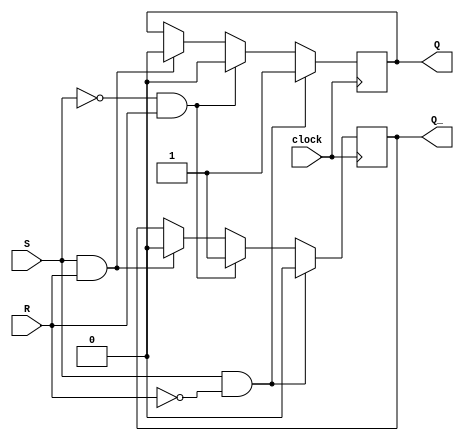
module Gated_SR_FF (
    input S,
    input R,
    input clock,
    output reg Q,
    output reg Q_
);

always @(posedge clock) begin
    if (S && !R) begin
        Q <= 1;
        Q_ <= 0;
    end else if (!S && R) begin
        Q <= 0;
        Q_ <= 1;
    end else if (S && R) begin
        Q <= 0;
        Q_ <= 0;
    end;
end

endmodule